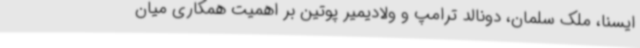
ایسنا، ملک سلمان، دونالد ترامپ و ولادیمیر پوتین بر اهمیت همکاری میان